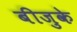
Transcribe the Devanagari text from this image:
बीजुके